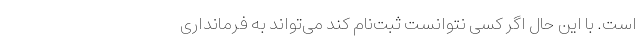
است. با این حال اگر کسی نتوانست ثبت‌نام کند می‌تواند به فرمانداری